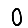
Digit: 0